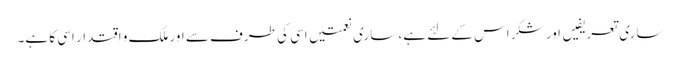
ساری تعریفیں اور شکر اس کے لئے ہے، ساری نعمتیں اسی کی طرف سے اور ملک و اقتدار اسی کا ہے۔